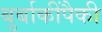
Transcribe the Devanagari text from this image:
बुर्बाकींपैकी